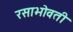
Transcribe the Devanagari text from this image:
रसाभोवती